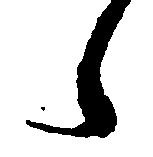
ら